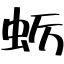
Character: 蛎